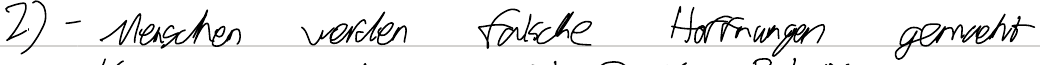
2) - Menschen werden falsche Hoffnungen gemacht